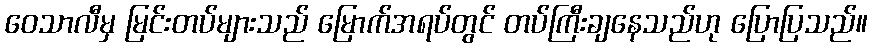
ဝေသာလီမှ မြင်းတပ်များသည် မြောက်အရပ်တွင် တပ်ကြီးချနေသည်ဟု ပြောပြသည်။